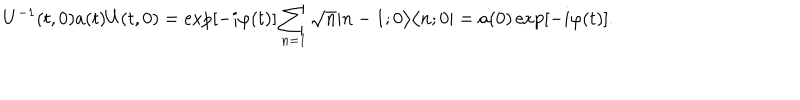
LaTeX: U ^ { - 1 } ( t , 0 ) a ( t ) U ( t , 0 ) = \exp [ - i \varphi ( t ) ] \sum _ { n = 1 } \sqrt { n } | n - 1 ; 0 \bigr > \bigl < n ; 0 | = a ( 0 ) \exp [ - i \varphi ( t ) ] .